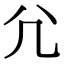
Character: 𡯂